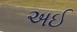
અઈ